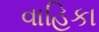
વાહિકા